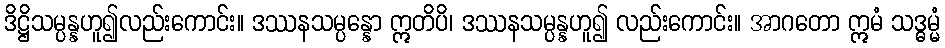
ဒိဋ္ဌိသမ္ပန္နဟူ၍လည်းကောင်း။ ဒဿနသမ္ပန္နော ဣတိပိ၊ ဒဿနသမ္ပန္နဟူ၍ လည်းကောင်း။ အာဂတော ဣမံ သဒ္ဓမ္မံ